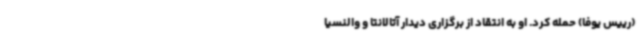
(رییس یوفا) حمله کرد. او به انتقاد از برگزاری دیدار آتالانتا و والنسیا